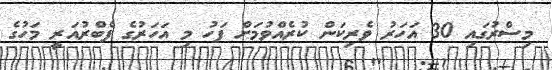
މިސްރުގައި 30 އަހަރު ވެރިކަން ކުރެއްވުމަށް ފަހު މި އަހަރުގެ ފެބްރުއަރީ މަހުގެ